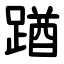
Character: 䠓